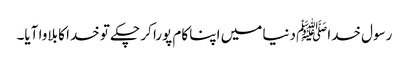
رسول خداﷺ دنیا میں اپنا کام پورا کر چکے تو خدا کا بلاوا آیا۔